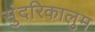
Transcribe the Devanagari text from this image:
सुंदरिकालुम